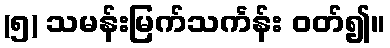
(၅) သမန်းမြက်သင်္ကန်း ဝတ်၍။